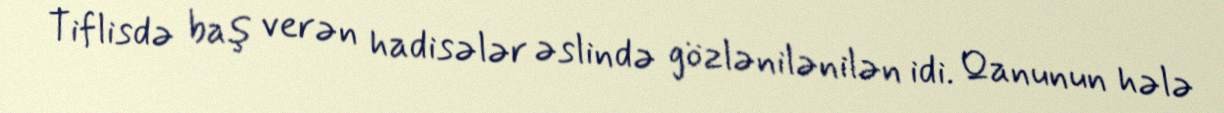
Tiflisdə baş verən hadisələr əslində gözlənilənilən idi. Qanunun hələ